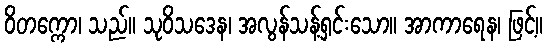
ဝိတက္ကော၊ သည်။ သုဝိသဒေန၊ အလွန်သန့်ရှင်းသော။ အာကာရေန၊ ဖြင့်။